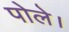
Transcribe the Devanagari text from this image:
पोले।